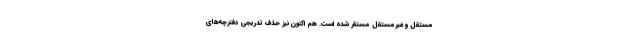
مستقل و غیرمستقل مستقر شده است. هم اکنون نیز حذف تدریجی دفترچه‌های